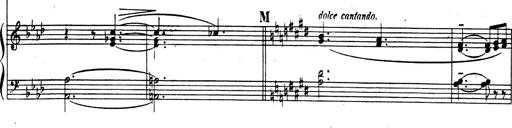
Title: Rhapsodie espagnole
Composer: Franz Liszt